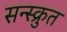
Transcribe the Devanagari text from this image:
सन्स्क्रुत